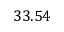
3 3 . 5 4